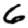
Digit: 6